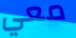
معي